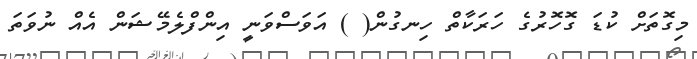
މިގޮތަށް ކުޑަ ގޮހޮރުގެ ހަރަކާތް ހިނގުން( ) އަވަސްވަނީ އިންފްލެމޭޝަން އެއް ނުވަތަ